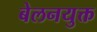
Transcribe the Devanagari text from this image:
बेलनयुक्त